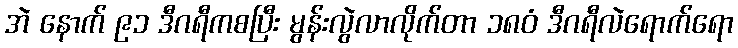
အဲ နောက် ၉၁ ဒီဂရီကစပြီး မွန်းလွဲလာလိုက်တာ ၁၈၀ံ ဒီဂရီလဲရောက်ရော